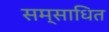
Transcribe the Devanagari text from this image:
सम्साधित